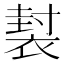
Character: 𧛜